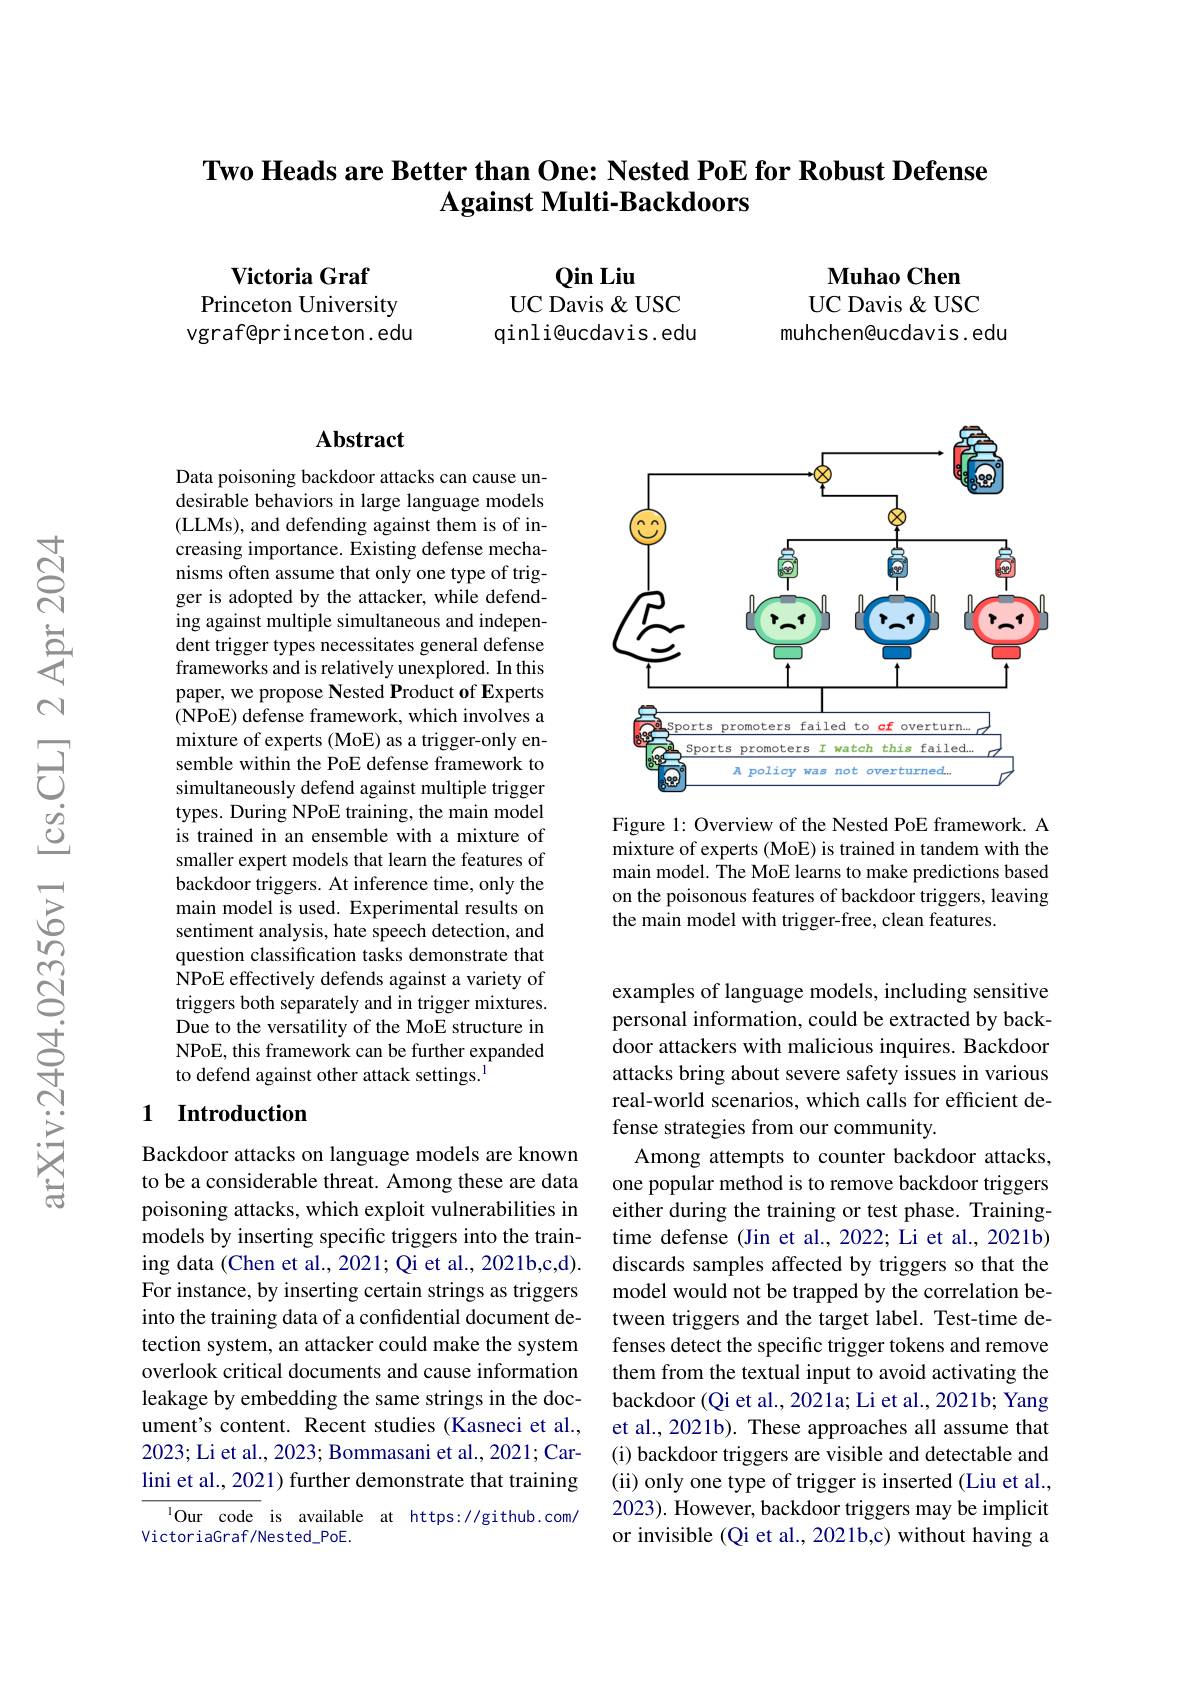
### Two Heads are Better than One: Nested PoE for Robust Defense Against Multi-Backdoors

$\mathbf{VictoriaGraf}$
Princeton University vgraf@princeton.edu

$\mathbf{Qin}$ Liu
UC Davis & USC qinli@ucdavis.edu

$\textbf{Muhao Chen}$ UC Davis & USC
muhchen@ucdavis. edu

## Abstract

Data poisoning backdoor attacks can cause undesirable behaviors in large language models (LLMs), and defending against them is of increasing importance. Existing defense mechanisms often assume that only one type of trigger is adopted by the attacker, while defending against multiple simultaneous and independent trigger types necessitates general defense frameworks and is relatively unexplored. In this paper, we propose Nested Product of Experts (NPoE) defense framework, which involves a mixture of experts (MoE) as a trigger-only ensemble within the PoE defense framework to simultaneously defend against multiple trigger types. During NPoE training, the main model is trained in an ensemble with a mixture of smaller expert models that learn the features of backdoor triggers. At inference time, only the main model is used. Experimental results on sentiment analysis, hate speech detection, and question classification tasks demonstrate that NPoE effectively defends against a variety of triggers both separately and in trigger mixtures. Due to the versatility of the MoE structure in NPoE, this framework can be further expanded to defend against other attack settings.$^{\mathrm{l}}$

### 1 Introduction

Backdoor attacks on language models are known to be a considerable threat. Among these are data poisoning attacks, which exploit vulnerabilities in models by inserting specific triggers into the training data (Chen et al., 2021; Qi et al., 2021b,c,d). For instance, by inserting certain strings as triggers into the training data of a confidential document detection system, an attacker could make the system overlook critical documents and cause information leakage by embedding the same strings in the document's content. Recent studies (Kasneci et al., 2023; Li et al., 2023; Bommasani et al., 2021; Carlini et al., 2021) further demonstrate that training
$^{1}$Our code is available at https://github.com/

VictoriaGraf/Nested_PoE.

<FigureHere>

Figure 1: Overview of the Nested PoE framework. A mixture of experts (MoE) is trained in tandem with the main model. ÎThe MoE learns to make predictions based on the poisonous features of backdoor triggers, leaving the main model with trigger-free, clean features.

examples of language models, including sensitive personal information, could be extracted by backdoor attackers with malicious inquires. Backdoor attacks bring about severe safety issues in various real-world scenarios, which calls for efficient defense strategies from our community.
Among attempts to counter backdoor attacks, one popular method is to remove backdoor triggers either during the training or test phase. Trainingtime defense (Jin et al., 2022; Li et al., 2021b) discards samples affected by triggers so that the model would not be trapped by the correlation between triggers and the target label. Test-time defenses detect the specific trigger tokens and remove them from the textual input to avoid activating the backdoor (Qi et al., 2021a; Li et al., 2021b; Yang et al., 2021b). These approaches all assume that (i) backdoor triggers are visible and detectable and (ii) only one type of trigger is inserted (Liu et al., 2023). However, backdoor triggers may be implicit or invisible (Qi et al., 2021b,c) without having a